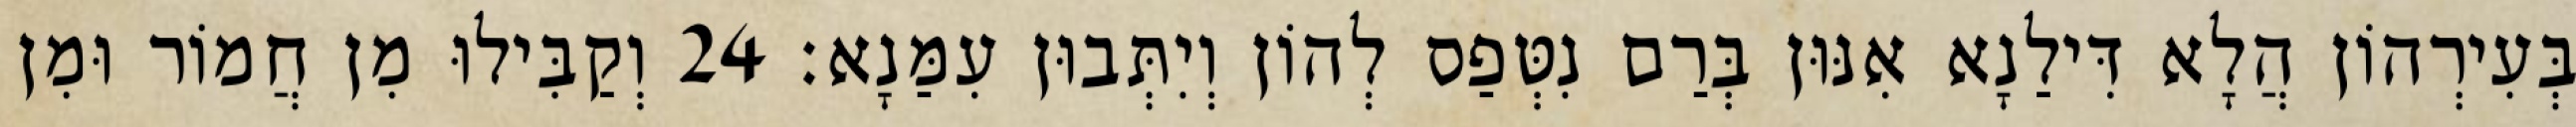
בְּעִירְהוֹן הֲלָא דִּילַנָא אִנּוּן בְּרַם נִטְּפַס לְהוֹן וְיִתְּבוּן עִמַּנָא׃ 24 וְקַבִּילוּ מִן חֲמוֹר וּמִן